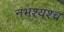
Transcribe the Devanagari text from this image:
नभश्यश्च